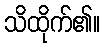
သိထိုက်၏။